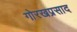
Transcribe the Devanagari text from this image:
गोरखप्रसाद